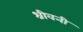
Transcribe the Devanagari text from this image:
श्रीवनी